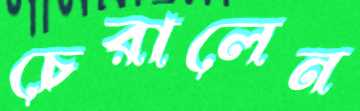
চেরালেন